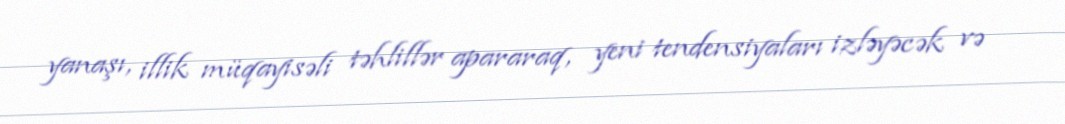
yanaşı, illik müqayisəli təhlillər apararaq, yeni tendensiyaları izləyəcək və